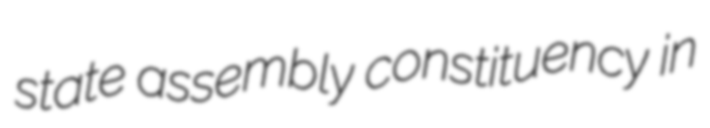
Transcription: state assembly constituency in